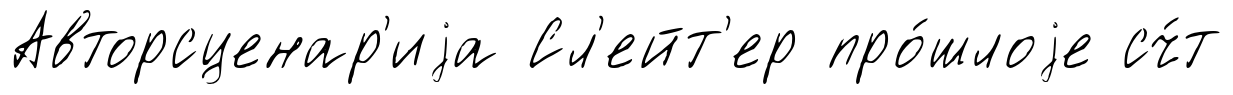
Авторсценар'иjа Сл'ейт'ер про́шлоjе сч́т